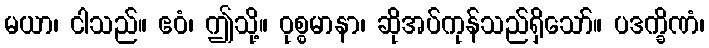
မယာ၊ ငါသည်။ ဧဝံ၊ ဤသို့။ ဝုစ္စမာနာ၊ ဆိုအပ်ကုန်သည်ရှိသော်။ ပဒက္ခိဏံ၊